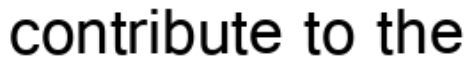
contribute to the